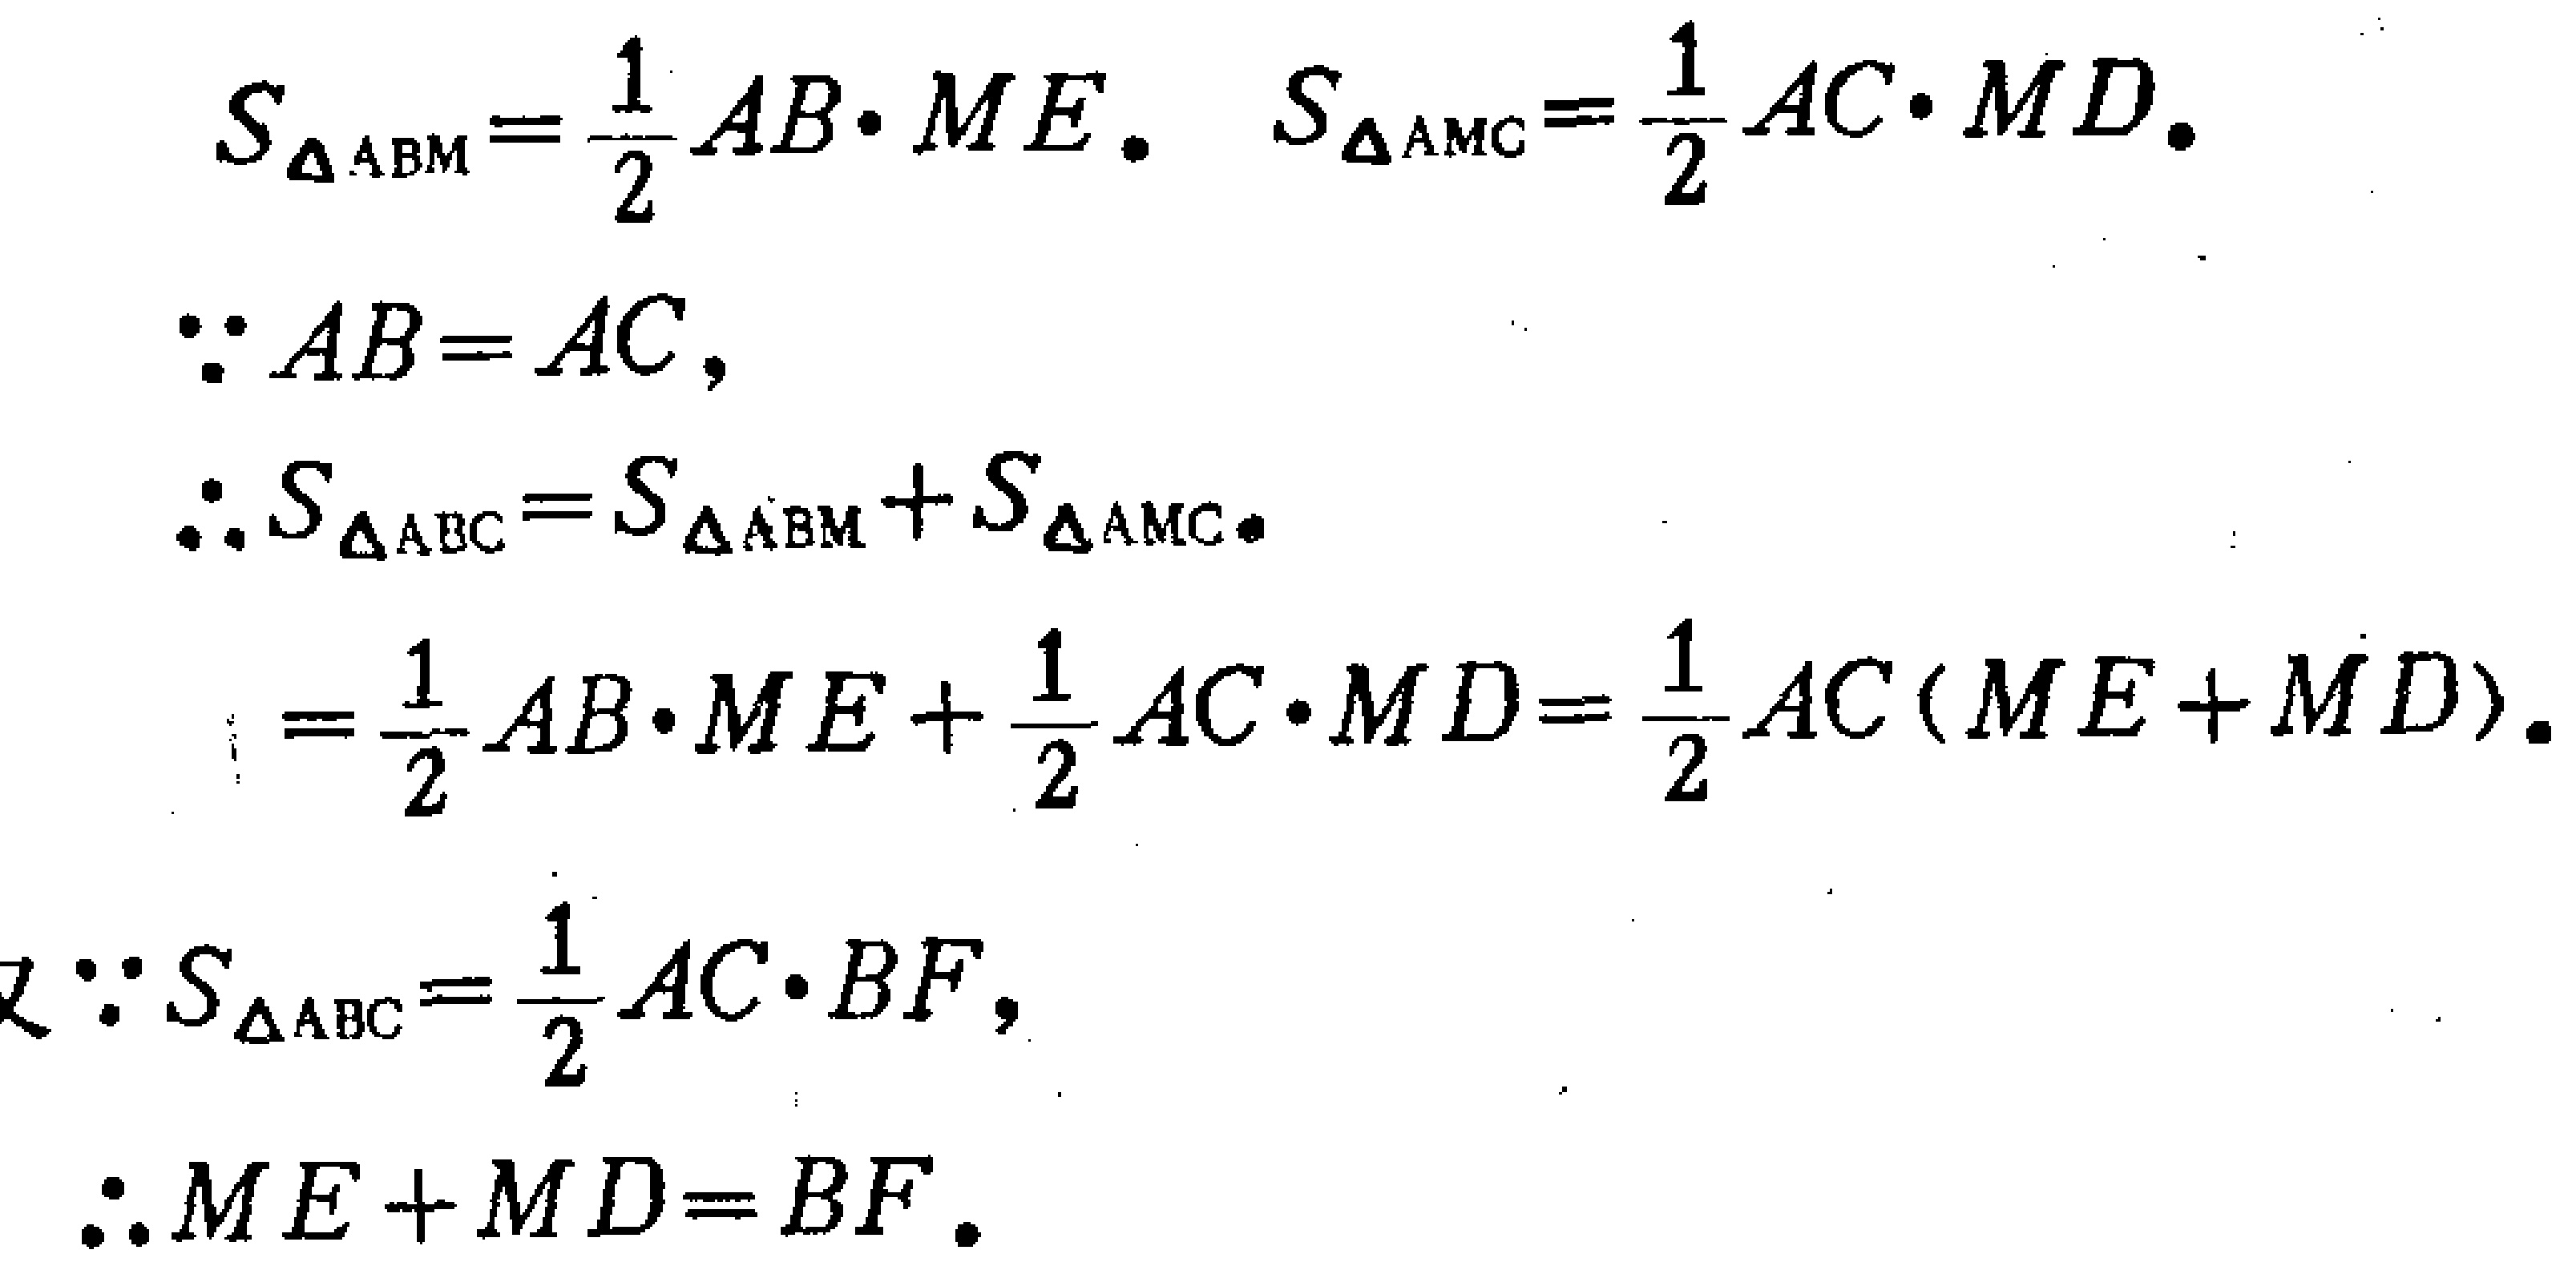
\[
\begin{align*}
S_{\triangle ABM}&=\frac{1}{2}AB\cdot ME, \quad S_{\triangle AMC}=\frac{1}{2}AC\cdot MD.\\
\because AB& = AC,\\
\therefore S_{\triangle ABC}&=S_{\triangle ABM}+S_{\triangle AMC}\\
&=\frac{1}{2}AB\cdot ME+\frac{1}{2}AC\cdot MD=\frac{1}{2}AC(ME + MD).\\
\text{又}\because S_{\triangle ABC}&=\frac{1}{2}AC\cdot BF,\\
\therefore ME + MD&=BF.
\end{align*}
\]